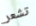
تشعر